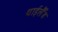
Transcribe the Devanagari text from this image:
थाईलैँड